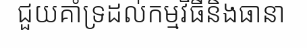
ជួយគាំទ្រដល់កម្មវិធីនិងធានា